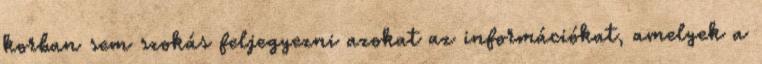
korban sem szokás feljegyezni azokat az információkat, amelyek a